Report on plague and inoculation in the Punjab from October 1st ... to September 30th..., being the ... season of plague in the province
Disease focus: Plague
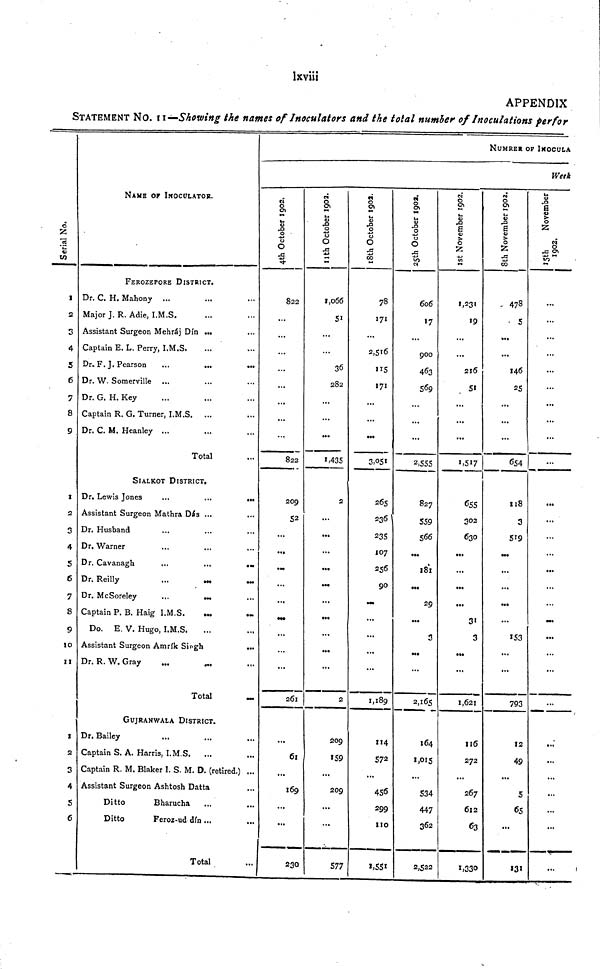
lxviii
APPENDIX
STATEMENT NO. I I—Showing the names of Inoculators and the total number of Inoculations per for
NAME OF INOCULATOR.
FEROZEPORE DISTRICT.
Dr. C. H. Mahony ...
Major J. R. Adié, I.M.S.
Assistant Surgeon Mehráj Din ...
Captain E. L. Perry, I.M.S.
Dr. F.J. Pearson
Dr. W. Somerville ...
Dr. G. H. Key
Captain R. G. Turner, I.M.S. ...
Dr. C. M. Heanley ...
Total
SIALKOT DISTRICT.
Dr. Lewis Jones
...
...
.,
Assistant Surgeon Mathra Das ...
Dr. Husband
Dr. Warner
...
...
,.
Dr. Cavanagh
...
...
Dr. Reilly
...
Dr. McSoreley
...
Captain P. B. Haig I.M.S.
...
Do. E. V. Hugo, I.M.S.
) Assistant Surgeon Amrik Singh
..
Dr. R. W. Gray
Total
GUJRANWALA DISTRICT.
Dr. Bailey
2 Captain S. A. Harris, I.M.S.
3 Captain R. M. Blaker I. S. M. D. (retired.) ..
1- Assistant Surgeon Ashtosh Datta
S
Ditto
Bharucha
5
Ditto
Feroz-ud din...
Total
4th October 1992
822
...
...
...
...
...
...
822
209
52
...
...
•
261
• ••
61
•
...
169
•
230
11th October 1992
1,066
51
...
...
36
282
...
...
...
1,435
2
...
...
...
...
«M
...
...
...
...
...
2
209
159
...
209
...
...
577
18th October 1992
78
171
...
2,516
115
171
...
...
3,051
265
236
235
107
256
90
...
...
...
1,189
114
572
...
456
299
110
1,551
25th October 1992
606
17
900
463
569
...
...
2,555
827
559
566
...
181
...
29
3
•••
• •«
2,165
164
1,015
534
447
362
2,522
1st November 1992
1,231
19
...
216
51
...
...
1.5I7
1
655
302
630
...
...
...
...
31
3
...
1,621
116
272
267
612
63
1,330
NUMRER OF INOCULA
8th November 1992
478
• 5
...
146
25
...
...
654
118
3
519
.••
...
...
...
...
...
793
12
49
5
65
...
131
Week
15 th Novem
...
...
...
...
...
...
...
...
...
...
...
...
...
...
...
...
...
...
...
...
...